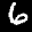
Label: 6